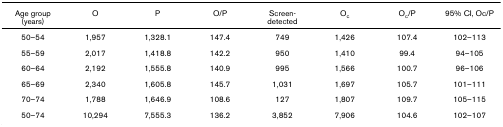
<table><thead><tr><td><b>Age group (years)</b></td><td><b>O</b></td><td><b>P</b></td><td><b>O/P</b></td><td><b>Screen-detected</b></td><td><b>O<sub>c</sub></b></td><td><b>O<sub>c</sub>/P</b></td><td><b>95% CI, Oc/P</b></td></tr></thead><tbody><tr><td>50–54</td><td>1,957</td><td>1,328.1</td><td>147.4</td><td>749</td><td>1,426</td><td>107.4</td><td>102–113</td></tr><tr><td>55–59</td><td>2,017</td><td>1,418.8</td><td>142.2</td><td>950</td><td>1,410</td><td>99.4</td><td>94–105</td></tr><tr><td>60–64</td><td>2,192</td><td>1,555.8</td><td>140.9</td><td>995</td><td>1,566</td><td>100.7</td><td>96–106</td></tr><tr><td>65–69</td><td>2,340</td><td>1,605.8</td><td>145.7</td><td>1,031</td><td>1,697</td><td>105.7</td><td>101–111</td></tr><tr><td>70–74</td><td>1,788</td><td>1,646.9</td><td>108.6</td><td>127</td><td>1,807</td><td>109.7</td><td>105–115</td></tr><tr><td>50–74</td><td>10,294</td><td>7,555.3</td><td>136.2</td><td>3,852</td><td>7,906</td><td>104.6</td><td>102–107</td></tr></tbody></table>